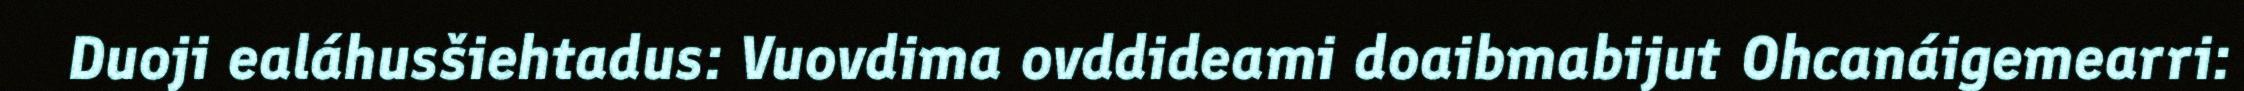
Duoji ealáhusšiehtadus: Vuovdima ovddideami doaibmabijut Ohcanáigemearri: